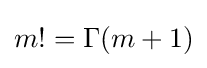
m!=\Gamma (m+1)